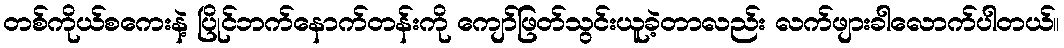
တစ်ကိုယ်စကေးနဲ့ ပြိုင်ဘက်နောက်တန်းကို ကျော်ဖြတ်သွင်းယူခဲ့တာလည်း လက်ဖျားခါလောက်ပါတယ်။